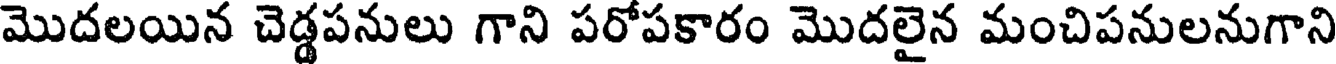
మొదలయిన చెడ్డపనులు గాని పరోపకారం మొదలైన మంచిపనులనుగాని